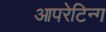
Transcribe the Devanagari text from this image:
आपरेटिन्ग